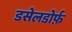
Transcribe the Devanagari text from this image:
डसेलडोर्फ़